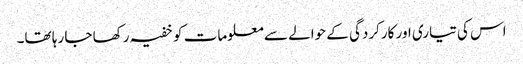
اس کی تیاری اور کارکردگی کے حوالے سے معلومات کو خفیہ رکھا جا رہا تھا۔